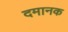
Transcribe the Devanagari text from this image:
दमानक